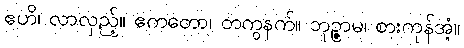
ဧဟိ၊ လာလှည့်။ ဧကတော၊ တကွနက်။ ဘုဉ္ဇာမ၊ စားကုန်အံ့။